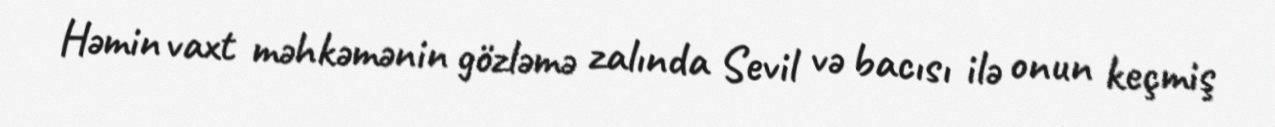
Həmin vaxt məhkəmənin gözləmə zalında Sevil və bacısı ilə onun keçmiş